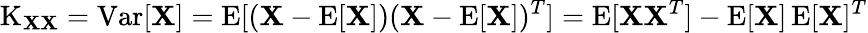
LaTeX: \operatorname{K}_{\mathbf{X}\mathbf{X}}=\operatorname{Var}[\mathbf{X}]=\operatorname{E}[(\mathbf{X}-\operatorname{E}[\mathbf{X}])(\mathbf{X}-\operatorname{E}[\mathbf{X}])^{T}]=\operatorname{E}[\mathbf{X}\mathbf{X}^{T}]-\operatorname{E}[\mathbf{X}]\operatorname{E}[\mathbf{X}]^{T}